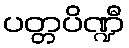
ပတ္တပိဏ္ဍီ